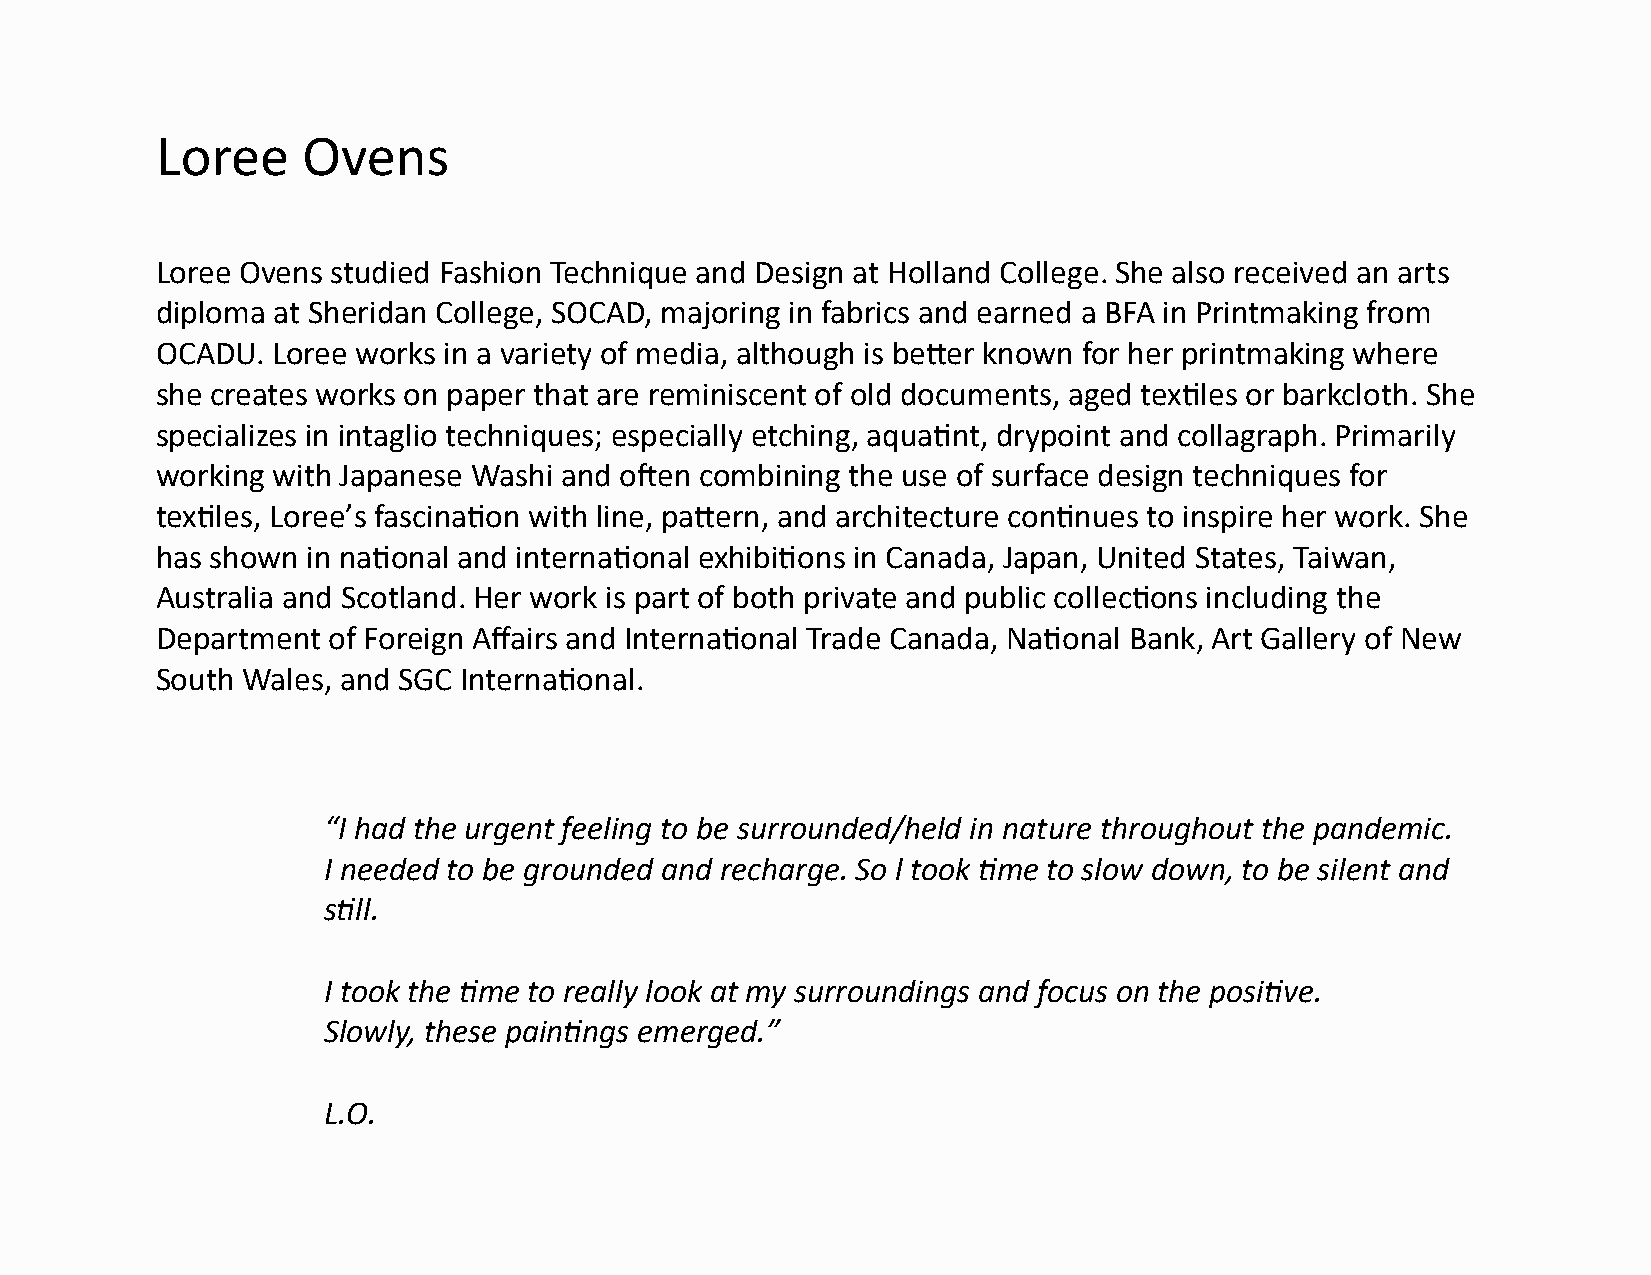
Loree     Ovens
 Loree Ovens studied Fashion Technique and Design at Holland College. She also received an arts
 diploma at Sheridan College, SOCAD, majoring in fabrics and earned a BFA in Printmaking from
 OCADU.  Loree works in a variety of media, although is better known for her printmaking where
 she creates works on paper that are reminiscent of old documents, aged textiles or barkcloth. She
 specializes in intaglio techniques; especially etching, aquatint, drypoint and collagraph. Primarily
 working with Japanese Washi and often combining the use of surface design techniques for
 textiles, Loree’s fascination with line, pattern, and architecture continues to inspire her work. She
 has shown in national and international exhibitions in Canada, Japan, United States, Taiwan,
 Australia and Scotland. Her work is part of both private and public collections including the
 Department  of Foreign Affairs and International Trade Canada, National Bank, Art Gallery of New
 South Wales, and SGC International.
 “I had the urgent feeling to be surrounded/held in nature throughout the pandemic.
 I needed to be grounded and recharge. So l took time to slow down, to be silent and
 still.
 I took the time to really look at my surroundings and focus on the positive.
 Slowly, these paintings emerged.”
 L.O.